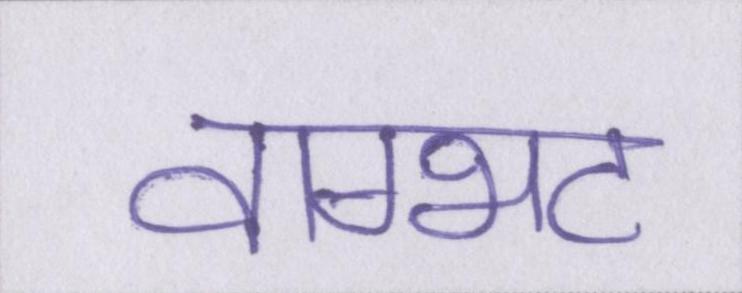
वाग्भट